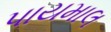
પાયમાલ